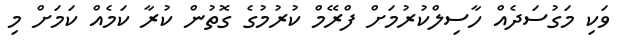
ވަކި މަގުސަދެއް ހާސިލްކުރުމަށް ފްރޭމް ކުރުމުގެ ގޮތުން ކުރާ ކަމެއް ކަމަށް މި